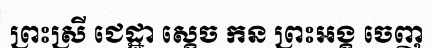
ព្រះស្រី ជេដ្ឋា ស្តេច កន ព្រះអង្គ ចេញ